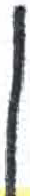
אות: ן